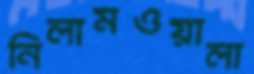
নিলামওয়ালা